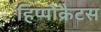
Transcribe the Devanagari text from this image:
हिप्पोक्रैटस